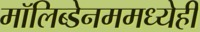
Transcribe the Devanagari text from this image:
मॉलिब्डेनममध्येही